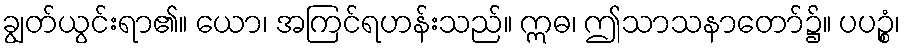
ချွတ်ယွင်းရာ၏။ ယော၊ အကြင်ရဟန်းသည်။ ဣဓ၊ ဤသာသနာတော်၌။ ပပဉ္စံ၊